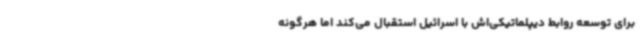
برای توسعه روابط دیپلماتیکی‌اش با اسرائیل استقبال می‌کند اما هرگونه